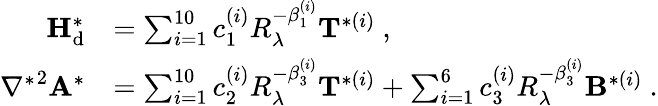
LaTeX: \begin{array}{rl}{{\mathbf{H}}_{\mathrm{d}}^{*}}&{=\sum_{i=1}^{10}c_{1}^{(i)}R_{\lambda}^{-\beta_{1}^{(i)}}{\mathbf{T}}^{*(i)}\ ,}\\ {{\nabla^{*}}^{2}{\mathbf{A}}^{*}}&{=\sum_{i=1}^{10}c_{2}^{(i)}R_{\lambda}^{-\beta_{3}^{(i)}}{\mathbf{T}}^{*(i)}+\sum_{i=1}^{6}c_{3}^{(i)}R_{\lambda}^{-\beta_{3}^{(i)}}{\mathbf{B}}^{*(i)}\ .}\end{array}